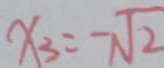
x _ { 3 } = - \sqrt { 2 }